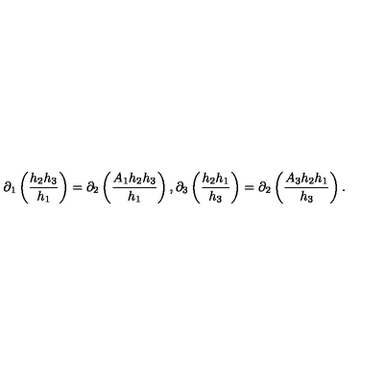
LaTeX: \partial _ { 1 } \left( \frac { h _ { 2 } h _ { 3 } } { h _ { 1 } } \right) = \partial _ { 2 } \left( \frac { A _ { 1 } h _ { 2 } h _ { 3 } } { h _ { 1 } } \right) , \partial _ { 3 } \left( \frac { h _ { 2 } h _ { 1 } } { h _ { 3 } } \right) = \partial _ { 2 } \left( \frac { A _ { 3 } h _ { 2 } h _ { 1 } } { h _ { 3 } } \right) .